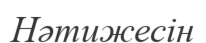
Нәтижесін